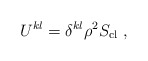
\begin{align*}U^{kl} = \delta^{kl} \rho^2 S_{\rm cl} \ ,\end{align*}